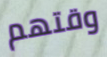
وقتهم